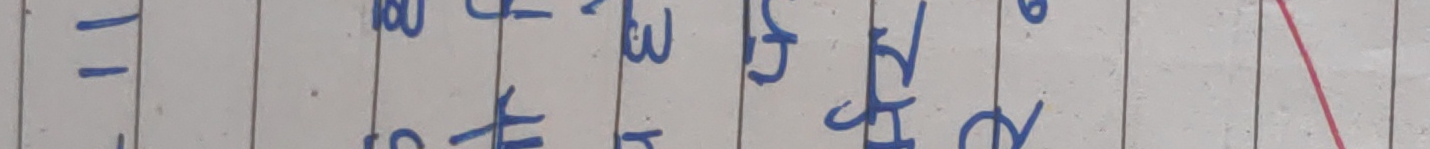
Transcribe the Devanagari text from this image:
-१
१६०
र
७२
६